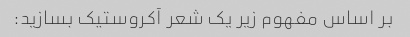
بر اساس مفهوم زیر یک شعر آکروستیک بسازید: